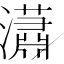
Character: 瀟